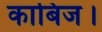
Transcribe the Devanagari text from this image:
काबिज।